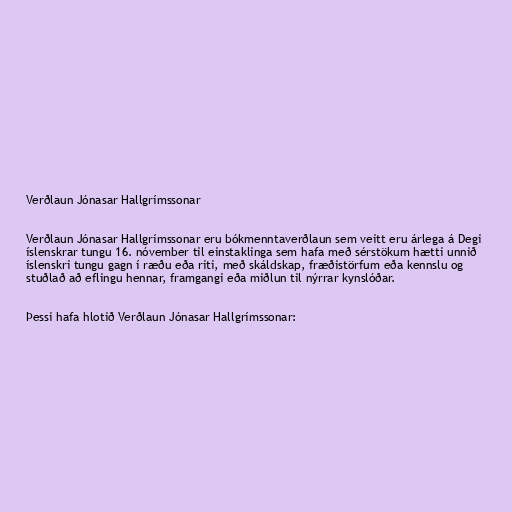
Verðlaun Jónasar Hallgrímssonar

Verðlaun Jónasar Hallgrímssonar eru bókmenntaverðlaun sem veitt eru árlega á Degi
íslenskrar tungu 16. nóvember til einstaklinga sem hafa með sérstökum hætti unnið
íslenskri tungu gagn í ræðu eða riti, með skáldskap, fræðistörfum eða kennslu og
stuðlað að eflingu hennar, framgangi eða miðlun til nýrrar kynslóðar.

Þessi hafa hlotið Verðlaun Jónasar Hallgrímssonar: